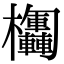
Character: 𣡴